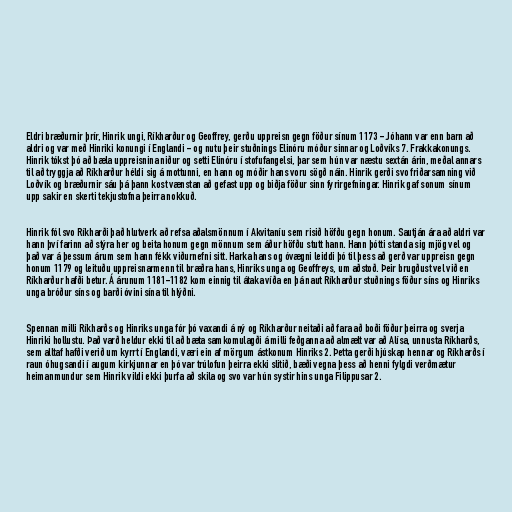
Eldri bræðurnir þrír, Hinrik ungi, Ríkharður og Geoffrey, gerðu uppreisn gegn föður sínum 1173 - Jóhann var enn barn að
aldri og var með Hinriki konungi í Englandi - og nutu þeir stuðnings Elinóru móður sinnar og Loðvíks 7. Frakkakonungs.
Hinrik tókst þó að bæla uppreisnina niður og setti Elinóru í stofufangelsi, þar sem hún var næstu sextán árin, meðal annars
til að tryggja að Ríkharður héldi sig á mottunni, en hann og móðir hans voru sögð náin. Hinrik gerði svo friðarsamning við
Loðvík og bræðurnir sáu þá þann kost vænstan að gefast upp og biðja föður sinn fyrirgefningar. Hinrik gaf sonum sínum
upp sakir en skerti tekjustofna þeirra nokkuð.

Hinrik fól svo Ríkharði það hlutverk að refsa aðalsmönnum í Akvitaníu sem risið höfðu gegn honum. Sautján ára að aldri var
hann því farinn að stýra her og beita honum gegn mönnum sem áður höfðu stutt hann. Hann þótti standa sig mjög vel og
það var á þessum árum sem hann fékk viðurnefni sitt. Harka hans og óvægni leiddi þó til þess að gerð var uppreisn gegn
honum 1179 og leituðu uppreisnarmenn til bræðra hans, Hinriks unga og Geoffreys, um aðstoð. Þeir brugðust vel við en
Ríkharður hafði betur. Á árunum 1181-1182 kom einnig til átaka víða en þá naut Ríkharður stuðnings föður síns og Hinriks
unga bróður síns og barði óvini sína til hlýðni.

Spennan milli Ríkharðs og Hinriks unga fór þó vaxandi á ný og Ríkharður neitaði að fara að boði föður þeirra og sverja
Hinriki hollustu. Það varð heldur ekki til að bæta samkomulagði á milli feðganna að almælt var að Alísa, unnusta Ríkharðs,
sem alltaf hafði verið um kyrrt í Englandi, væri ein af mörgum ástkonum Hinriks 2. Þetta gerði hjúskap hennar og Ríkharðs í
raun óhugsandi í augum kirkjunnar en þó var trúlofun þeirra ekki slitið, bæði vegna þess að henni fylgdi verðmætur
heimanmundur sem Hinrik vildi ekki þurfa að skila og svo var hún systir hins unga Filippusar 2.